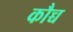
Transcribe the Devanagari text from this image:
कौच्च